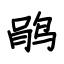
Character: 鹃